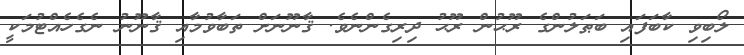
ލޯބިވި ކާބަފައި ބަޠަލުންގެ ރޫޙުން ރޫޙު ދިރިގެންނެވެ. ޤާނޫނަށް ތަބާވުމާއި ޤާނޫނު ނެގެހެއްޓުމަކީ